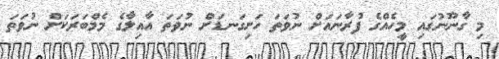
މި ގާނޫނުގައި މީހެއްގެ ފުރާނައަށް ނުވަތަ ހަށިގަނޑަށް ނުވަތަ އާއިލާގެ މެމްބަރަކަށް ނުވަތަ